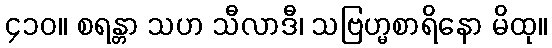
၄၁၀။ စရန္တာ သဟ သီလာဒီ၊ သဗြဟ္မစာရိနော မိထု။